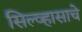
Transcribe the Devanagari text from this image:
सिल्व्हासाचे